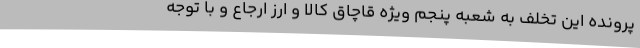
پرونده این تخلف به شعبه پنجم ویژه قاچاق کالا و ارز ارجاع و با توجه